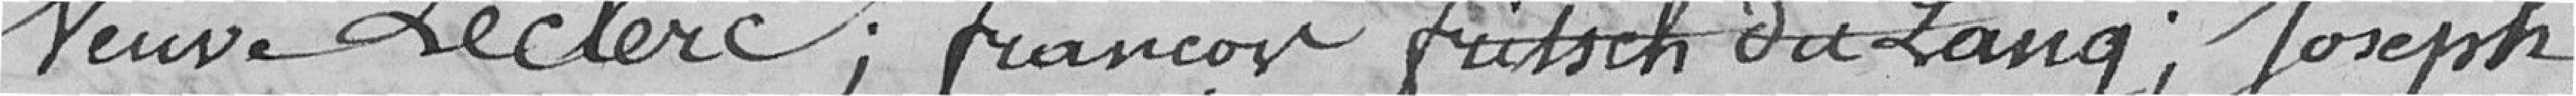
Veuve Leclerc; François Fussch du Lang; Joseph